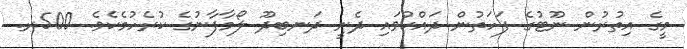
މީގެ އިތުރުން ނޫޓުގެ ފަހަތުން ދައްކުވައި ދެނީ ދަނބިދޫ ލޯމާފާނުގެ ކުރެހުމެކެވެ. 500ރ.